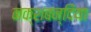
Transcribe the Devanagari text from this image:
नक्शबन्दिया